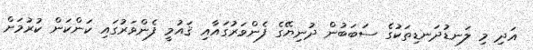
އަދި މި ލަނޑުދަނޑިތަކުގެ ސަބަބުން ދުނިޔޭގެ ފެންވަރުގައާއި ޤައުމީ ފެންވަރުގައި ކަންކަން ކުރުމަށް